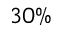
3 0 \%